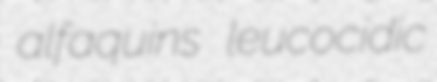
alfaquins leucocidic